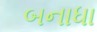
બનાધા